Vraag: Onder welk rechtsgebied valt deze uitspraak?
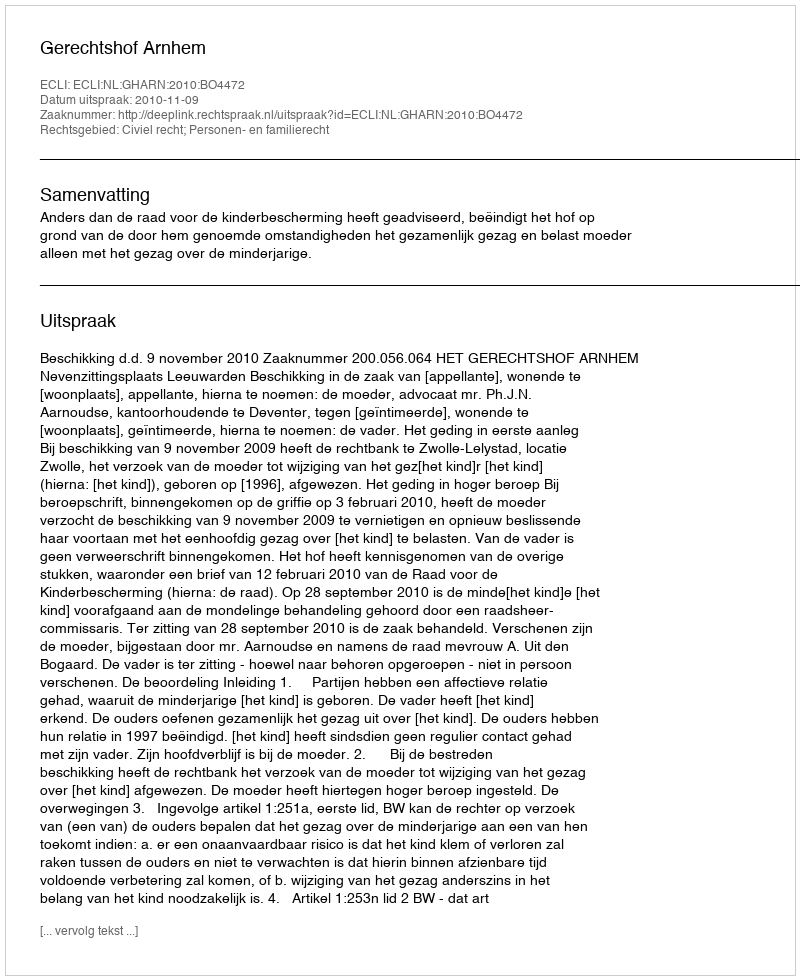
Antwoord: Civiel recht; Personen- en familierecht